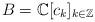
LaTeX: \begin{gather*}B=\mathbb{C}[c_{k}]_{k\in\mathbb{Z}}\end{gather*}